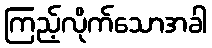
ကြည့်လိုက်သောအခါ